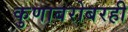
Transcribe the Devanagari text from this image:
कुणाबरोबरही